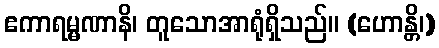
ဧကာရမ္မဏာနိ၊ တူသောအာရုံရှိသည်။ (ဟောန္တိ၊)